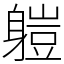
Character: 䠽